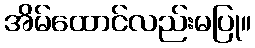
အိမ်ထောင်လည်းမပြု။